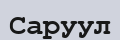
Саруул